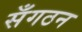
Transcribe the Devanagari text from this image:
सँगठन